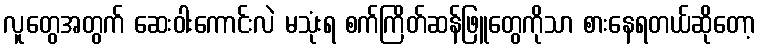
လူတွေအတွက် ဆေးဝါးကောင်းလဲ မသုံးရ စက်ကြိတ်ဆန်ဖြူတွေကိုသာ စားနေရတယ်ဆိုတော့